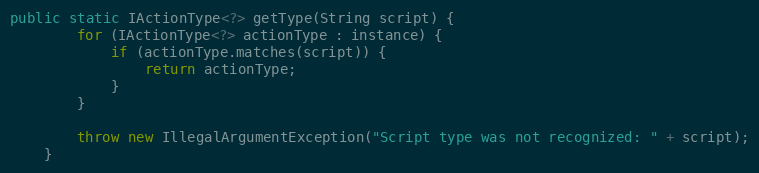
Language: Java
public static IActionType<?> getType(String script) {
        for (IActionType<?> actionType : instance) {
            if (actionType.matches(script)) {
                return actionType;
            }
        }

        throw new IllegalArgumentException("Script type was not recognized: " + script);
    }